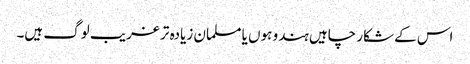
اس کے شکار چاہیں ہندو ہوں یا مسلمان زیادہ تر غریب لوگ ہیں۔